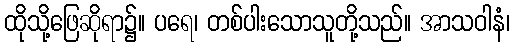
ထိုသို့ဖြေဆိုရာ၌။ ပရေ၊ တစ်ပါးသောသူတို့သည်။ အာသဝါနံ၊